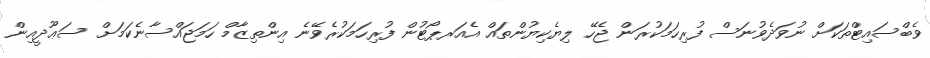
ވެބްސައިޓްތަކަށް ނުވަދެވުނަސް ފުރިހަމަކުރަން ޖެހޭ ލިޔެކިޔުންތައް އެއަރޕޯޓުން ފުރިހަމަކުރެވޭނެ އިންތިޒާމް ހަމަޖައްސާނެކަމަށް ސަޢޫދީއިން